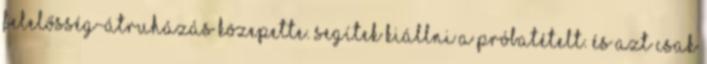
felelősség-átruházás közepette. segítek kiállni a próbatételt. és azt csak